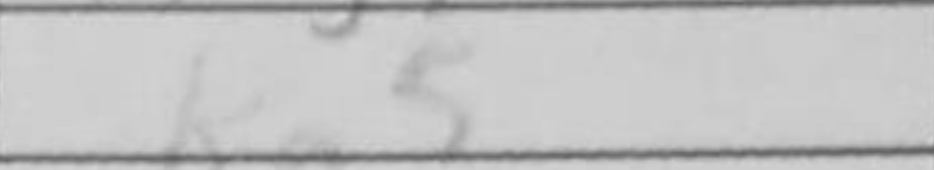
Transcription: Kg5